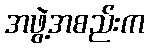
အဖွဲ့အစည်းက